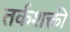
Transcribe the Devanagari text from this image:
तर्कशक्ती